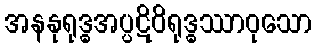
အနနုရုဒ္ဓအပ္ပဋိဝိရုဒ္ဓဿာဝုသော